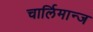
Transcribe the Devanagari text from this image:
चार्लिमान्ज